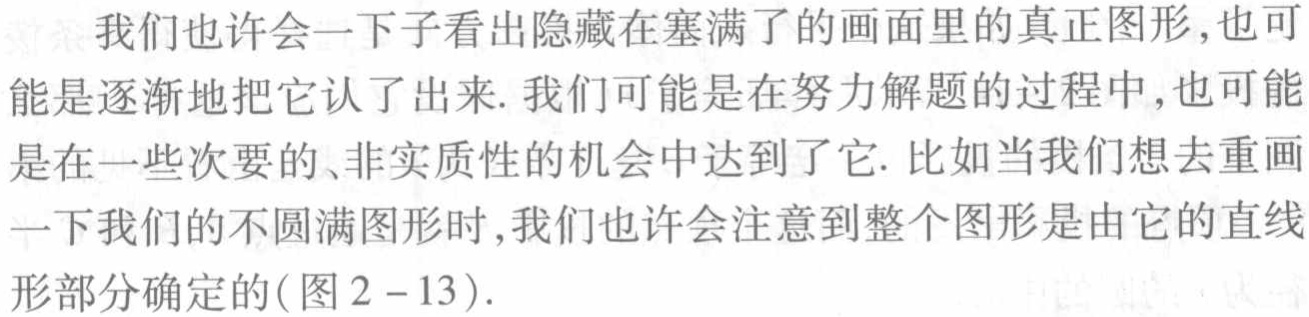
我们也许会一下子看出隐藏在塞满了的画面里的真正图形,也可能是逐渐地把它认了出来. 我们可能是在努力解题的过程中,也可能是在一些次要的、非实质性的机会中达到了它. 比如当我们想去重画一下我们的不圆满图形时,我们也许会注意到整个图形是由它的直线形部分确定的(图2 - 13).